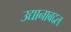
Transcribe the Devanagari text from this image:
उद्यानाबद्दल